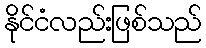
နိုင်ငံလည်းဖြစ်သည်